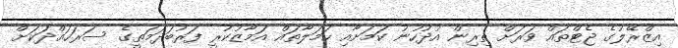
އިޒްރޭލުގެ ޖެޓްތައް ވަރަށް ތިރިން އުދުހުނު ކަމަށާއި ހަމަލާތައް އަމާޒުކުރީ ފަރުބަދަމަތީގެ ސަރަހައްދަކަށް